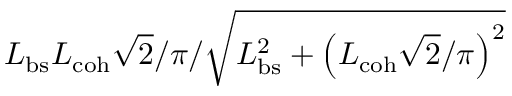
L _ { \mathrm { b s } } L _ { \mathrm { c o h } } \sqrt { 2 } / \pi / \sqrt { L _ { \mathrm { b s } } ^ { 2 } + \left( L _ { \mathrm { c o h } } \sqrt { 2 } / \pi \right) ^ { 2 } }